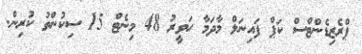
ޕްރެޒިޑެންޓްސް ކަޕް ފައިނަލް މާދަމާ ހަވީރު 48 މިނެޓް 15 ސިކުންތު ކުރިން.